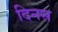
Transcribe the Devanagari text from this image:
दिनस